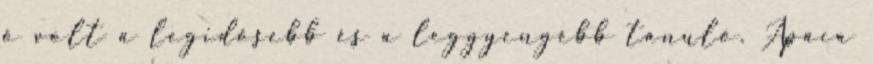
ő volt a legidősebb és a leggyengébb tanuló. Apáca